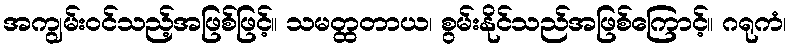
အကျွမ်းဝင်သည့်အဖြစ်ဖြင့်။ သမတ္ထတာယ၊ စွမ်းနိုင်သည်အဖြစ်ကြောင့်။ ဂရုကံ၊